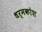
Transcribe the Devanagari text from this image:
धर्मकोश